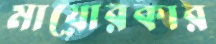
মায়োরকার